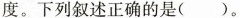
度。下列叙述正确的是()。